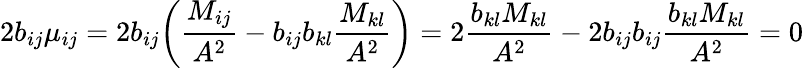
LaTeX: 2b_{ij}\mu_{ij}=2b_{ij}\bigg(\frac{M_{ij}}{A^{2}}-b_{ij}b_{kl}\frac{M_{kl}}{A^{2}}\bigg)=2\frac{b_{kl}M_{kl}}{A^{2}}-2b_{ij}b_{ij}\frac{b_{kl}M_{kl}}{A^{2}}=0